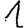
Digit: 1